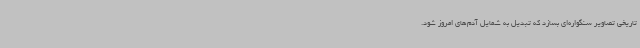
تاریخی تصاویر سنگواره‌ای بسازد که تبدیل به شمایل آدم‌های امروز شود.